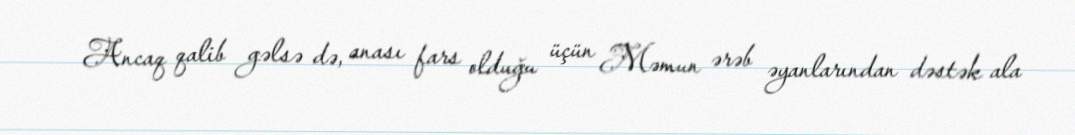
Ancaq qalib gəlsə də, anası fars olduğu üçün Məmun ərəb əyanlarından dəstək ala